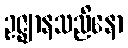
ဥဇ္ဈာနသညိနော